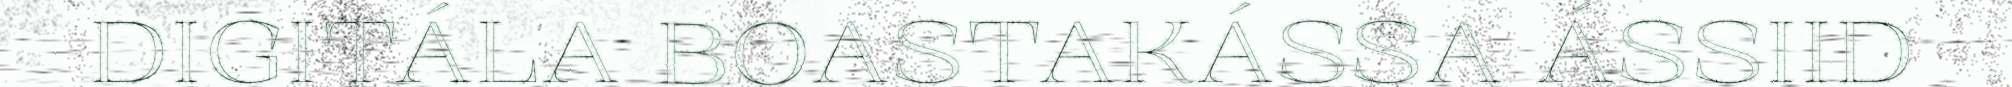
DIGITÁLA BOASTAKÁSSA ÁSSIID